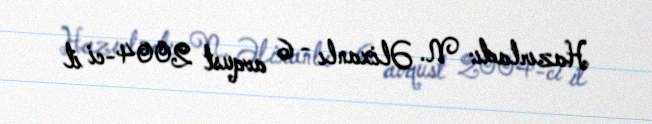
Hazırladı: N. Əlixanlı - 6 avqust 2004-ci il